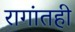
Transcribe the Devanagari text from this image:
रागांतही